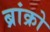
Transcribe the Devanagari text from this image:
ब्रांक्रो